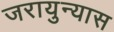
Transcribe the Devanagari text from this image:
जरायुन्यास